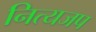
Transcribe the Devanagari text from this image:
नित्यजप